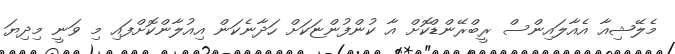
މެލޭޝިއާ އެއާލައިންސް ރީބްރޭންޑްކޮށް އާ ކުންފުންޏަކަށް ހަދާނެކަން އިއުލާންކޮށްފައި މި ވަނީ މިދިޔަ